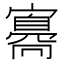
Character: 𡫛